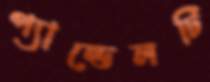
প্যান্ডেলটি